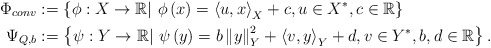
\begin{align*}\Phi_{conv} & :=\left\{ \phi:X\to\mathbb{R}|\ \phi\left(x\right)=\left\langle u,x\right\rangle_X + c ,u\in X^{*}, c\in \mathbb{R}\right\} \\\Psi_{Q,b} & :=\left\{ \psi:Y\to\mathbb{R}|\ \psi\left(y\right)= b\left\Vert y\right\Vert ^{2}_Y+\left\langle v,y\right\rangle_Y +d,v\in Y^{*},b,d\in\mathbb{R}\right\}.\end{align*}